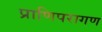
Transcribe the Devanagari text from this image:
प्राणिपरागण